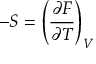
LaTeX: - S = \left( { \frac { \partial F } { \partial T } } \right) _ { V }